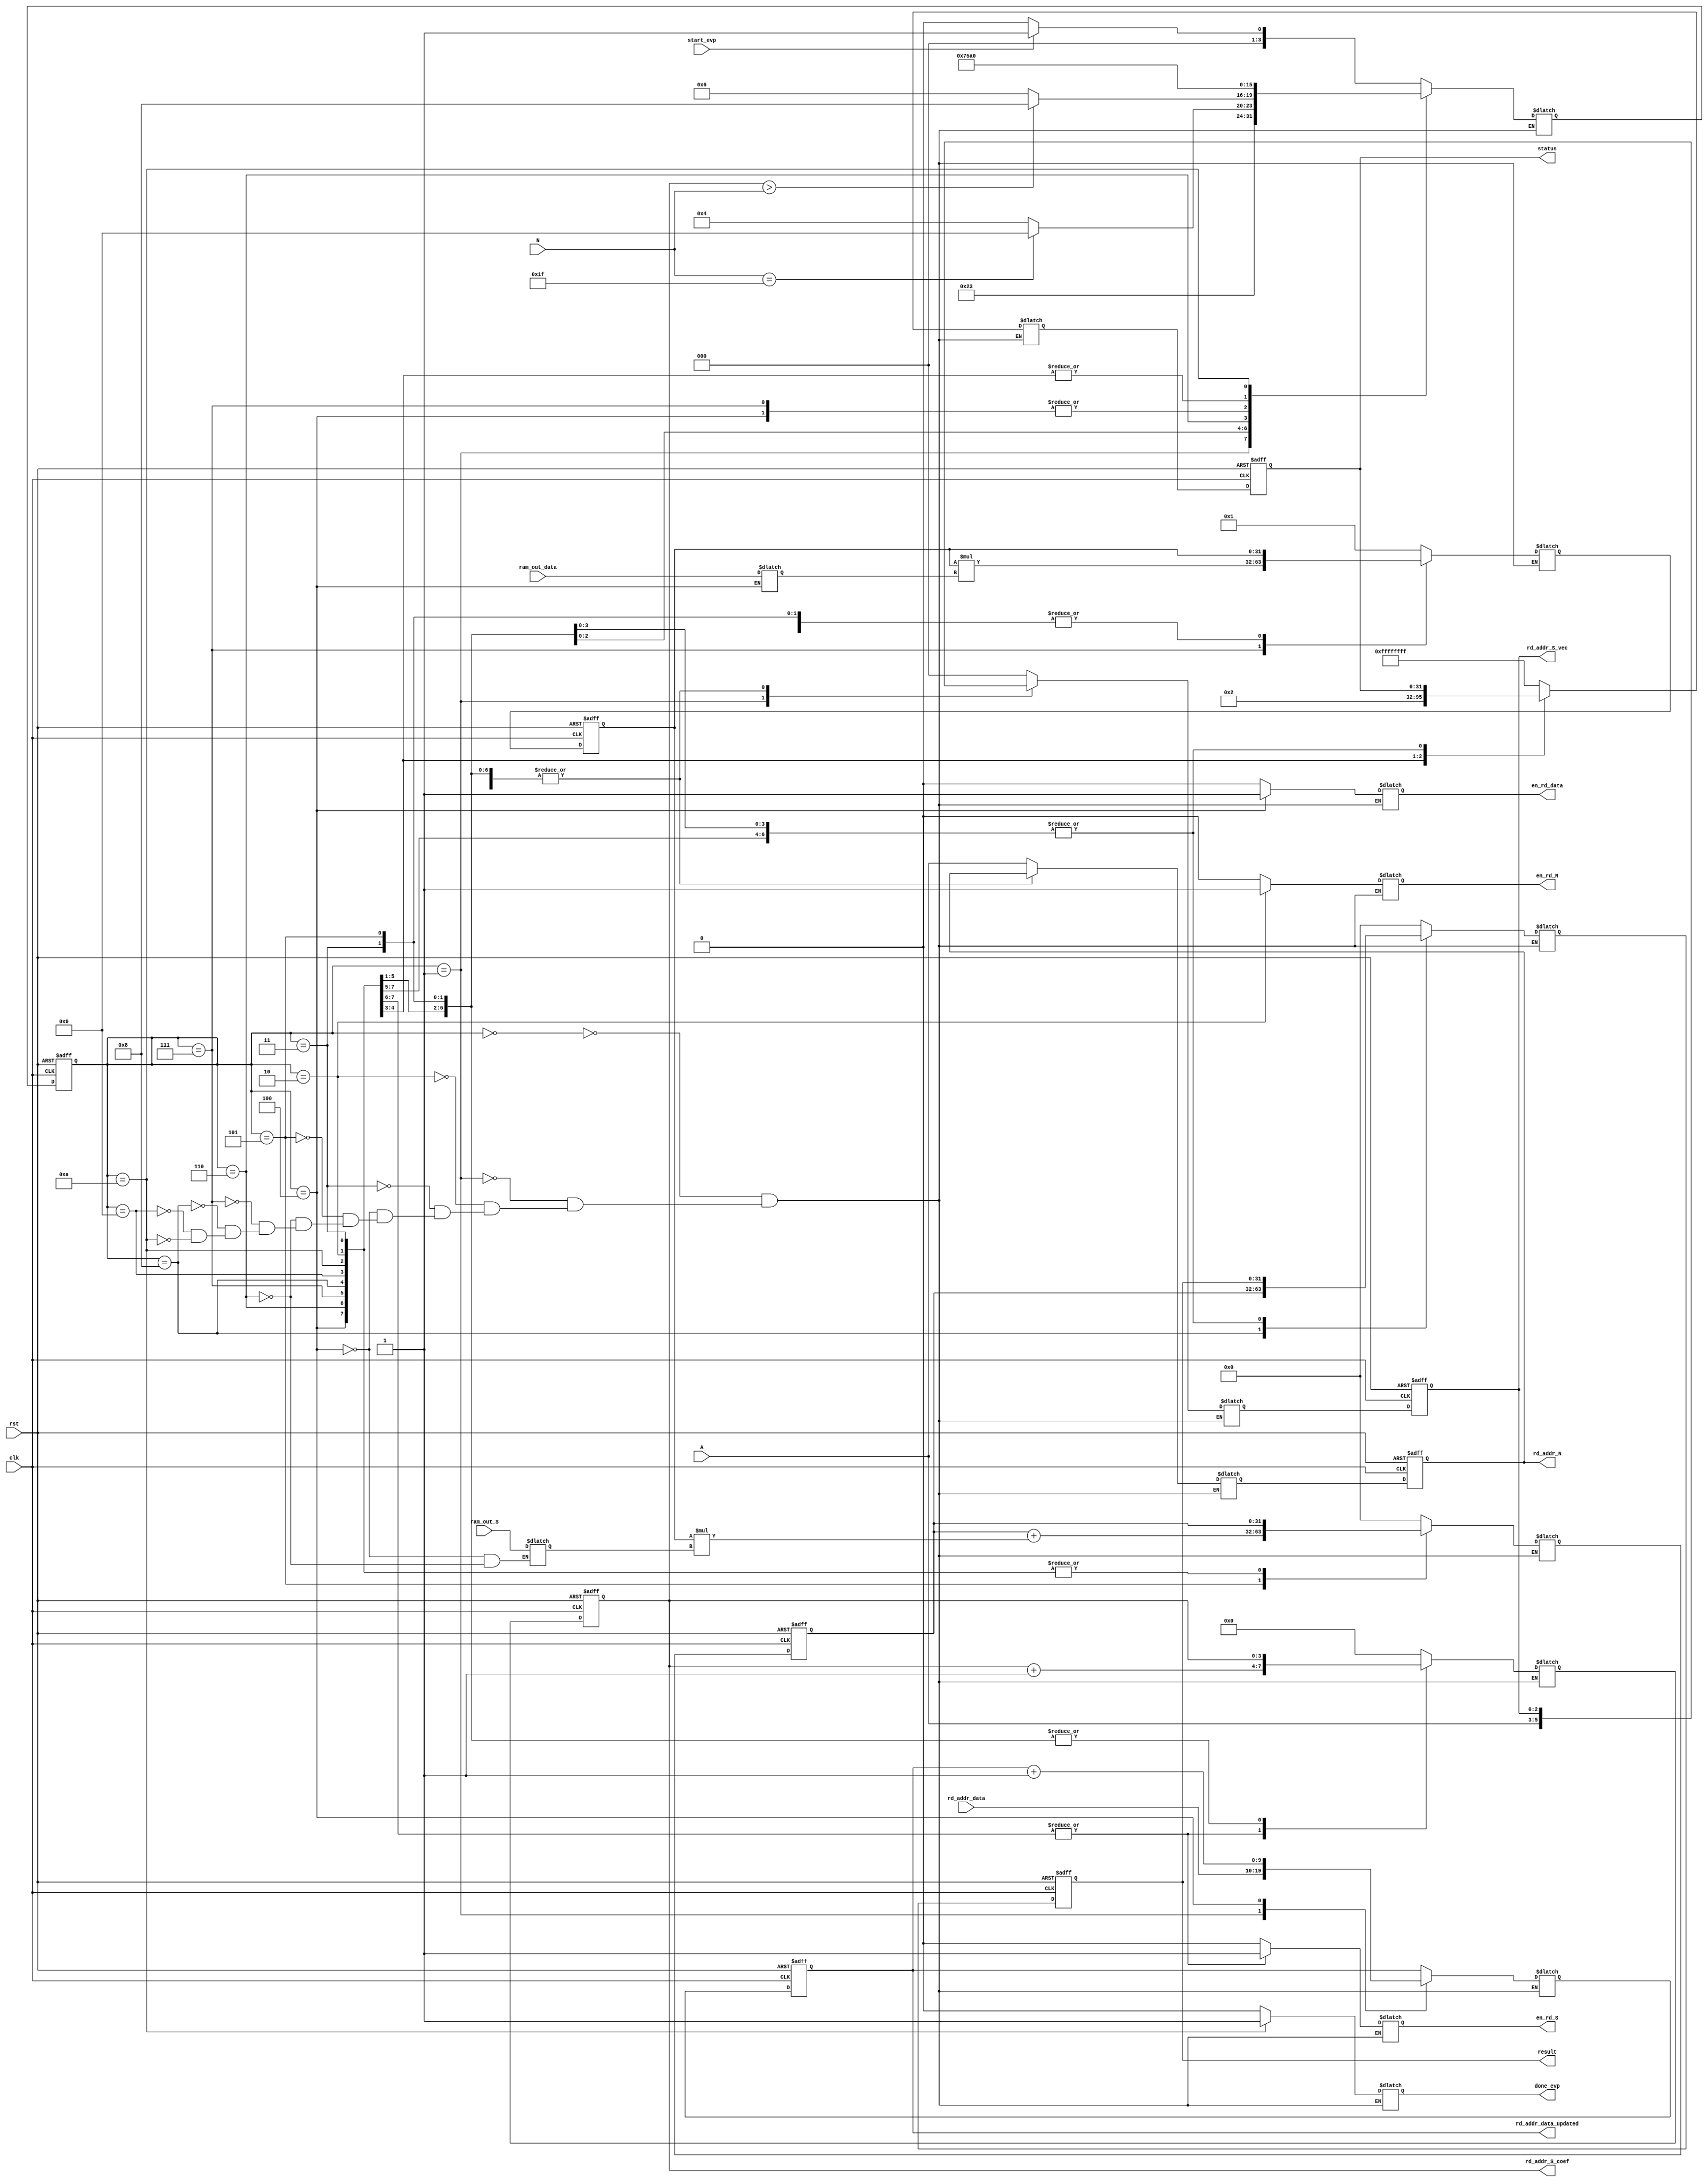
`timescale 1ns/1ps

module EVP_FSM_3 
		#(parameter buffer_size = 1024)(
		input 				     clk, rst,
		input 				     start_evp,
		input [2 : 0] 			     A,
		input [15 : 0] 			     ram_out_data,
		input [15 : 0] 			     ram_out_S,
		input [4 : 0] 			     N,
		input [log2(buffer_size)-1 : 0]      rd_addr_data, 
		output reg 			     en_rd_data,
		output reg 			     en_rd_S,
		output reg 			     en_rd_N,
		output reg [log2(buffer_size)-1 : 0] rd_addr_data_updated,
		//output [6 : 0] rd_addr_S,
		output reg [2 : 0] 			     rd_addr_S_vec,
		output reg [log2(11) - 1 : 0] 	     rd_addr_S_coef,
		output reg [2 : 0] 		     rd_addr_N,
		output reg 			     done_evp,
		output reg [31 : 0] 		     result,
		output reg [31 : 0] 		     status);

		reg [3 : 0] state, next_state;
		reg [31 : 0] next_result;
		reg [31 : 0] next_status;
		//reg [3 : 0] S_idx_counter, next_S_idx_counter;
   		reg [log2(11) - 1 : 0]    next_rd_addr_S_coef;
   		reg [2 : 0] 		  next_rd_addr_S_vec;
   		reg [31 : 0] monomial, next_monomial;
		reg [31 : 0] sum, next_sum;
		reg [log2(buffer_size)-1 : 0] next_rd_addr_data;
//		reg [6 : 0] next_rd_addr_S;
		reg [2 : 0] next_rd_addr_N;
   		reg [15 : 0] 	    x;
  		reg [15 : 0] 		    c_i;
   
   

	localparam STATE_IDLE = 4'b0000, STATE_START = 4'b0001, 
				STATE_RD_N = 4'b0010, STATE_CHECK_N = 4'b0011, 
				STATE_RD_DATA = 4'b0100, STATE_COMPUTE_SUM = 4'b0101, 
				STATE_GET_NEXT_COEFF = 4'b0110, STATE_COMPUTE_EXP = 4'b0111, 
				STATE_OUTPUT = 4'b1000, STATE_ERROR = 4'b1001, 
				STATE_END = 4'b1010;

//assign rd_addr_S = A * 11 + S_idx_counter;

	always @(posedge clk, negedge rst)
		if (! rst) begin
			state <= STATE_IDLE;
			rd_addr_data_updated <= 0;
			rd_addr_S_coef <= 0;
		   	rd_addr_S_vec <= 0 ;
			rd_addr_N <= 0;
			monomial <= 1;
			sum <= 0;
			result <= 0;
			status <= 32'b11111111111111111111111111111111;
		end
		else begin
			state <= next_state;
			rd_addr_data_updated <= next_rd_addr_data;
			rd_addr_S_coef <= next_rd_addr_S_coef;
		   	rd_addr_S_vec <= next_rd_addr_S_vec;
			rd_addr_N <= next_rd_addr_N;
			monomial <= next_monomial;
			sum <= next_sum;
			result <= next_result;
			status <= next_status;
		end

	always @(*) // state, start_evp, S_idx_counter, N)
		case (state)
			STATE_IDLE:
            begin
                if (start_evp)
                    next_state <= STATE_START;
                else
                    next_state <= STATE_IDLE;
            end

			STATE_START:
			begin
				next_state <= STATE_RD_N;
				/*if (start_evp)
					next_state <= STATE_RD_N;
				else
					next_state <= STATE_START;
				*/
			end

			STATE_RD_N:
				next_state <= STATE_CHECK_N;

			STATE_CHECK_N:
			begin
				if (N == 5'b11111)
					next_state <= STATE_ERROR;
				else
					next_state <= STATE_RD_DATA;
			end

			STATE_RD_DATA:
				next_state <= STATE_COMPUTE_SUM;

			STATE_COMPUTE_SUM:
			begin
				if (rd_addr_S_coef > N)
					next_state <= STATE_OUTPUT;
				else
					next_state <= STATE_GET_NEXT_COEFF;
			end		

			STATE_GET_NEXT_COEFF:
				next_state <= STATE_COMPUTE_EXP;

			STATE_COMPUTE_EXP:
				next_state <= STATE_COMPUTE_SUM;

			STATE_OUTPUT:
				next_state <= STATE_END;

			STATE_ERROR:
				next_state <= STATE_END;

			STATE_END:
				next_state <= STATE_IDLE;
	
		endcase

	always @(*) // state, rd_addr_data, rd_addr_data_updated, 
				// rd_addr_N, S_idx_counter, A, c_i, sum, x,
				// monomial, result, status)
		case (state)
			STATE_IDLE:
			begin
				done_evp <= 0;
				en_rd_data <= 0;
                next_rd_addr_data <= rd_addr_data_updated;
                en_rd_S <= 0;
                //next_rd_addr_S <= 10;
			   next_rd_addr_S_vec <= 0;
			   next_rd_addr_S_coef <= 0;
                en_rd_N <= 0;
                next_rd_addr_N <= A;
                next_monomial <= 1;
                next_sum <= 0;
                next_result <= 0;
                next_status <= 32'b11111111111111111111111111111111;
			end

			STATE_START:
			begin
				done_evp <= 0;
				en_rd_data <= 0;
				next_rd_addr_data <= rd_addr_data;
				en_rd_S <= 0;
			   next_rd_addr_S_vec <= A;
                           next_rd_addr_S_coef <= 0;
				//next_S_idx_counter <= 0;
				en_rd_N <= 0;
				next_rd_addr_N <= A;
				next_monomial <= 1;
				next_sum <= 0;
				next_result <= 0;
				next_status <= 32'b11111111111111111111111111111111;
			end

			STATE_RD_N:
			begin
				done_evp <= 0;
				en_rd_data <= 0;
				next_rd_addr_data <= rd_addr_data_updated;
				en_rd_S <= 0;
				//next_S_idx_counter <= S_idx_counter;
			   next_rd_addr_S_vec <= rd_addr_S_vec;
                           next_rd_addr_S_coef <= rd_addr_S_coef;
				en_rd_N <= 1;
				next_rd_addr_N <= rd_addr_N;
				next_monomial <= 1;
				next_sum <= sum;
				next_result <= result;
				next_status <= status;
			end

			STATE_CHECK_N:
			begin
				done_evp <= 0;
				en_rd_data <= 0;
				next_rd_addr_data <= rd_addr_data_updated;
				en_rd_S <= 0;
				//next_S_idx_counter <= S_idx_counter;
			   next_rd_addr_S_vec <= rd_addr_S_vec;
                           next_rd_addr_S_coef <= rd_addr_S_coef;
				en_rd_N <= 0;
				next_rd_addr_N <= rd_addr_N;
				next_monomial <= monomial;
				next_sum <= sum;
				next_result <= result;
				next_status <= status;
			end

			STATE_RD_DATA:
			begin
                done_evp <= 0;
                en_rd_data <= 1;
			   x <= ram_out_data; // Capture x value from data token
				next_rd_addr_data <= rd_addr_data_updated + 1;
                en_rd_S <= 1;
			   c_i <= ram_out_S;
		//next_S_idx_counter <= S_idx_counter + 1;
			   next_rd_addr_S_vec <= rd_addr_S_vec;
                           next_rd_addr_S_coef <= rd_addr_S_coef + 1;
                en_rd_N <= 0;
				next_rd_addr_N <= rd_addr_N;
                next_monomial <= monomial;
                next_sum <= sum;
                next_result <= result;
                next_status <= status;
            end	

			STATE_COMPUTE_SUM:
			begin
				done_evp <= 0;
				en_rd_data <= 0;
				next_rd_addr_data <= rd_addr_data_updated;
				en_rd_S <= 0;
				//next_S_idx_counter <= S_idx_counter;
			   next_rd_addr_S_vec <= rd_addr_S_vec;
                           next_rd_addr_S_coef <= rd_addr_S_coef;
				en_rd_N <= 0;
				next_rd_addr_N <= rd_addr_N;
				next_monomial <= monomial;
				next_sum <= sum + monomial * c_i;
				next_result <= result;
				next_status <= status;
			end

			STATE_GET_NEXT_COEFF:
			begin
				done_evp <= 0;
				en_rd_data <= 0;
				next_rd_addr_data <= rd_addr_data_updated;
				en_rd_S <= 1;
			   	c_i <= ram_out_S;
				//next_S_idx_counter <= S_idx_counter + 1;
			   next_rd_addr_S_vec <= rd_addr_S_vec;
                           next_rd_addr_S_coef <= rd_addr_S_coef + 1;
				en_rd_N <= 0;
				next_rd_addr_N <= rd_addr_N;
				next_monomial <= monomial;
				next_sum <= sum;
				next_result <= result;
				next_status <= status;
			end

			STATE_COMPUTE_EXP:
			begin
				done_evp <= 0;
				en_rd_data <= 0;
				next_rd_addr_data <= rd_addr_data_updated;
				en_rd_S <= 0;
				//next_S_idx_counter <= S_idx_counter;
			   next_rd_addr_S_vec <= rd_addr_S_vec;
                           next_rd_addr_S_coef <= rd_addr_S_coef;
				en_rd_N <= 0;
				next_rd_addr_N <= rd_addr_N;
				next_monomial <= monomial * x;
				next_sum <= sum;
				next_result <= result;
				next_status <= status; 
			end

			STATE_OUTPUT:
			begin
				done_evp <= 0;
                en_rd_data <= 0;
                next_rd_addr_data <= rd_addr_data_updated;
                en_rd_S <= 0;
                //next_S_idx_counter <= S_idx_counter;
			   next_rd_addr_S_vec <= rd_addr_S_vec;
                           next_rd_addr_S_coef <= rd_addr_S_coef;
                en_rd_N <= 0;
                next_rd_addr_N <= rd_addr_N;
                next_monomial <= monomial;
                next_sum <= sum;
                next_result <= sum;
                next_status <= 0;
			end

			STATE_ERROR:
			begin
				done_evp <= 0;
				en_rd_data <= 0;
				next_rd_addr_data <= rd_addr_data_updated;
				en_rd_S <= 0;
				//next_S_idx_counter <= S_idx_counter;
			   next_rd_addr_S_vec <= rd_addr_S_vec;
                           next_rd_addr_S_coef <= rd_addr_S_coef;
				en_rd_N <= 0;
				next_rd_addr_N <= rd_addr_N;
				next_monomial <= monomial;
				next_sum <= sum;
				next_result <= 0;
				next_status <= 2'b10;
			end

			STATE_END:
			begin
				done_evp <= 1;
				en_rd_data <= 0;
				next_rd_addr_data <= rd_addr_data_updated;
				en_rd_S <= 0;
				//next_S_idx_counter <= S_idx_counter;
			   next_rd_addr_S_vec <= rd_addr_S_vec;
                           next_rd_addr_S_coef <= rd_addr_S_coef;
				en_rd_N <= 0;
				next_rd_addr_N <= rd_addr_N;
				next_monomial <= monomial;
				next_sum <= sum;
				next_result <= result;
				next_status <= status;
			end
		endcase

	function integer log2;
    input [31 : 0] value;
     integer i;
    begin
          if(value==1)
                log2=1;
          else
              begin
              i = value - 1;
              for (log2 = 0; i > 0; log2 = log2 + 1) begin
                    i = i >> 1;
              end
              end
    end
    endfunction

endmodule